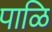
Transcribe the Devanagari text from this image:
पाळि